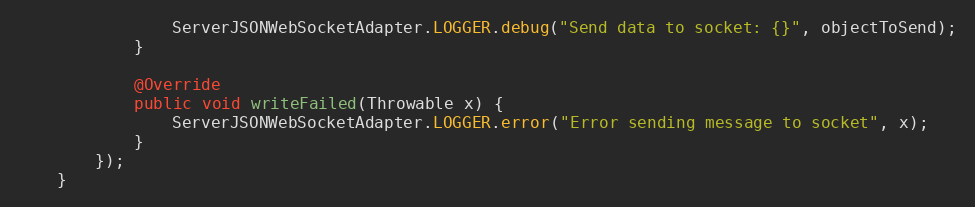
Language: Java
                ServerJSONWebSocketAdapter.LOGGER.debug("Send data to socket: {}", objectToSend);
            }

            @Override
            public void writeFailed(Throwable x) {
                ServerJSONWebSocketAdapter.LOGGER.error("Error sending message to socket", x);
            }
        });
    }